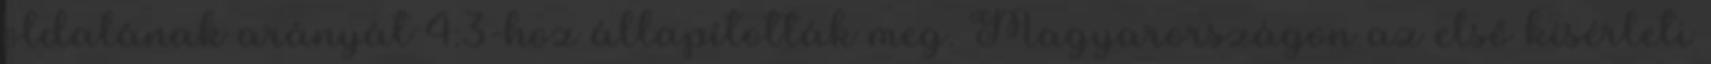
oldalának arányát 4:3-hoz állapították meg. Magyarországon az első kísérleti